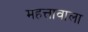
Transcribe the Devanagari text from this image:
महत्तावाला